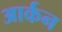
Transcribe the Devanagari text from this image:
आर्कन